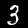
Digit: 3